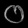
Digit: ၀